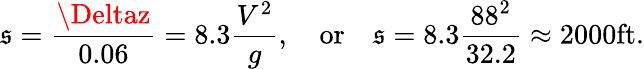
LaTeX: \mathfrak{s}={\frac{{\Deltaz}}{{0.06}}}=8.3{\frac{{V^{2}}}{{g}}},\quad{\mathrm{{or}}}\quad\mathfrak{s}=8.3{\frac{{88^{2}}}{{32.2}}}\approx2000{\mathrm{{ft}}}.